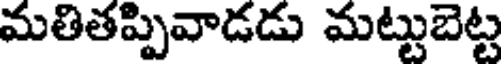
మతితప్పివాడడు మట్టుబెట్ట